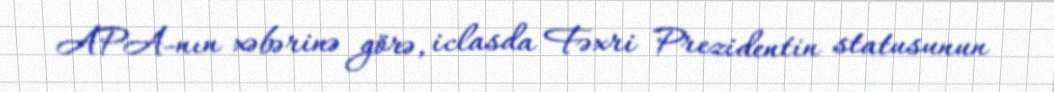
APA-nın xəbərinə görə, iclasda Fəxri Prezidentin statusunun